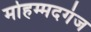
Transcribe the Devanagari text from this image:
मोहम्मदगंज